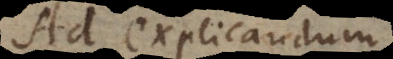
Ad explicandum